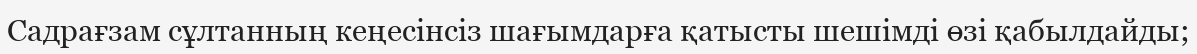
Садрағзам сұлтанның кеңесінсіз шағымдарға қатысты шешімді өзі қабылдайды;